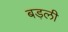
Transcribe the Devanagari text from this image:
बड़ली